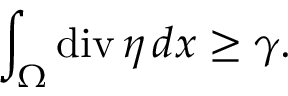
\int _ { \Omega } \mathrm { d i v } \, \eta \, d x \geq \gamma .